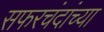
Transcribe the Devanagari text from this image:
सफरचंदांच्या